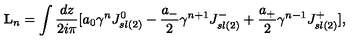
{ \bf L } _ { n } = \int { \frac { d z } { 2 i \pi } } \lbrack a _ { 0 } { { \gamma } ^ { n } } J _ { s l ( 2 ) } ^ { 0 } - { \frac { a _ { - } } { 2 } } { { \gamma } ^ { n + 1 } } J _ { s l ( 2 ) } ^ { - } + { \frac { a _ { + } } { 2 } } { { \gamma } ^ { n - 1 } } J _ { s l ( 2 ) } ^ { + } \rbrack ,